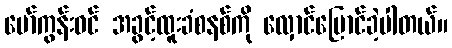
မော်ကွန်းဝင် အခွင့်ထူးခံစနစ်ကို လှောင်ပြောင်ခဲ့ပါတယ်။